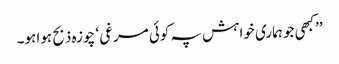
’’کبھی جو ہماری خواہش پہ کوئی مرغی ‘ چوزہ ذبح ہوا ہو۔